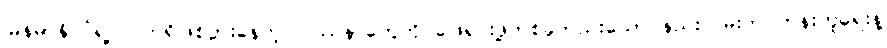
မြန်မာနိုင်ငံရဲ့ လက်ရှိဖြစ်ပွားနေတဲ့ ပြဿနာတွေကို ဖြေရှင်းဖို့တစ်ခုတည်းသော နည်းလမ်းက တန်းတူရေးနဲ့